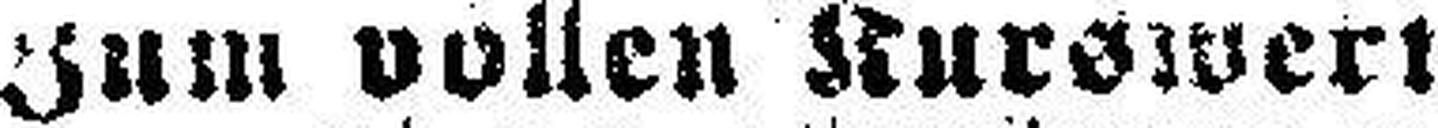
Zum vollen Kurswert